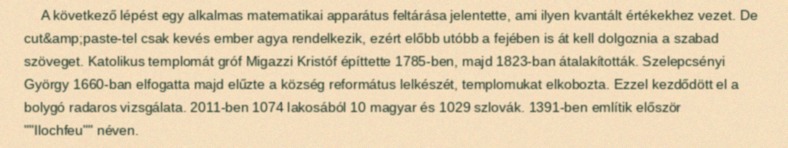
A következő lépést egy alkalmas matematikai apparátus feltárása jelentette, ami ilyen kvantált értékekhez vezet. De cut&amp;paste-tel csak kevés ember agya rendelkezik, ezért előbb utóbb a fejében is át kell dolgoznia a szabad szöveget. Katolikus templomát gróf Migazzi Kristóf építtette 1785-ben, majd 1823-ban átalakították. Szelepcsényi György 1660-ban elfogatta majd elűzte a község református lelkészét, templomukat elkobozta. Ezzel kezdődött el a bolygó radaros vizsgálata. 2011-ben 1074 lakosából 10 magyar és 1029 szlovák. 1391-ben említik először ""Ilochfeu"" néven.